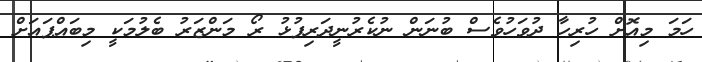
ހަމަ މިއޮށް ހުރިހާ ދުވަހުވެސް ބުނަން ނުކެރުނީދަރިފުޅު ރޯ މަންޒަރު ބެލުމަކީ މިބައްޕައަށް